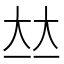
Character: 𡘋